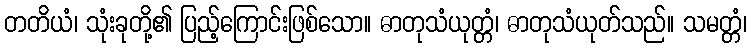
တတိယံ၊ သုံးခုတို့၏ ပြည့်ကြောင်းဖြစ်သော။ ဓာတုသံယုတ္တံ၊ ဓာတုသံယုတ်သည်။ သမတ္တံ၊